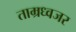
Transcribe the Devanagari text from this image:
ताम्रध्वजर